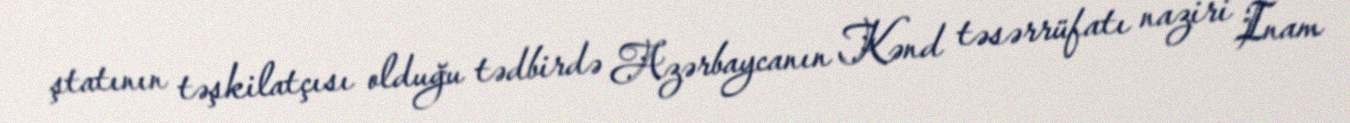
ştatının təşkilatçısı olduğu tədbirdə Azərbaycanın Kənd təsərrüfatı naziri İnam